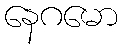
နေဂမော